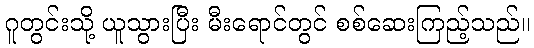
ဂူတွင်းသို့ ယူသွားပြီး မီးရောင်တွင် စစ်ဆေးကြည့်သည်။